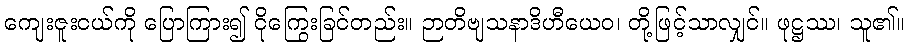
ကျေးဇူးငယ်ကို ပြောကြား၍ ငိုကြွေးခြင်တည်း။ ဉာတိဗျသနာဒိဟီယေဝ၊ တို့ဖြင့်သာလျှင်။ ဖုဋ္ဌဿ၊ သူ၏။